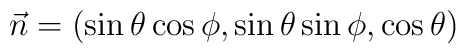
\vec{n}=(\sin \theta \cos \phi, \sin \theta \sin \phi, \cos \theta)